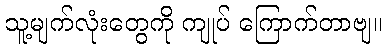
သူ့မျက်လုံးတွေကို ကျုပ် ကြောက်တာဗျ။